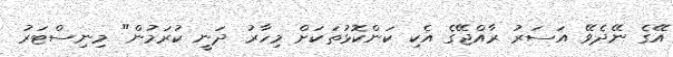
އޭގެ ނޭދެވޭ އަސަރު ރާއްޖޭގެ އެކި ކަންކޮޅުތަކަށް މިހާރު ދަނީ ކުރަމުން" މިނިސްޓަރު